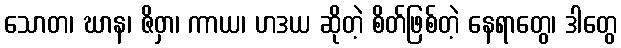
သောတ၊ ဃာန၊ ဇိဝှာ၊ ကာယ၊ ဟဒယ ဆိုတဲ့ စိတ်ဖြစ်တဲ့ နေရာတွေ၊ ဒါတွေ